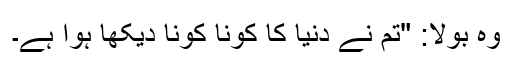
وہ بولا: "تم نے دنیا کا کونا کونا دیکھا ہوا ہے۔